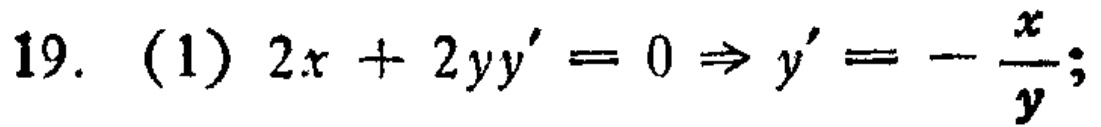
19. (1) \(2x + 2yy' = 0\Rightarrow y'=-\frac{x}{y}\);